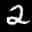
Label: 2